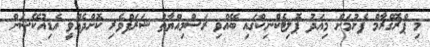
މި ޕްރޮގްރާމް ފެށުމަށް މިއަދު ޕޮލިޓެކްނިކްގައި ބޭއްވި ރަސްމިއްޔާތު ޝަރަފްވެރި ކޮށްދެއްވީ އެޑިއުކޭޝަން